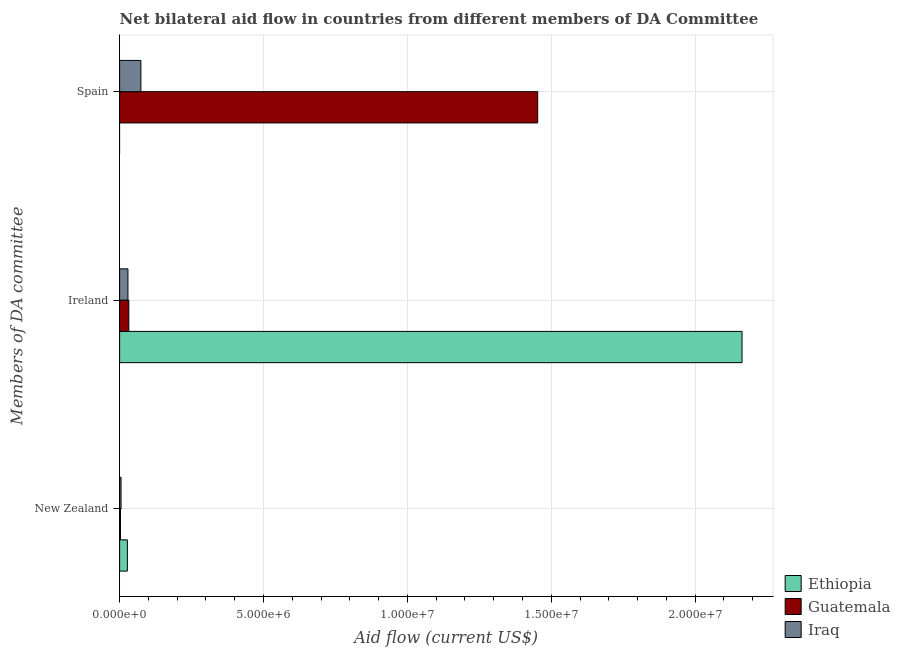
| Members of DA committee | Ethiopia | Guatemala | Iraq |
 | --- | --- | --- | --- |
 | New Zealand | 2.7e+05 | 3e+04 | 5e+04 |
 | Ireland | 2.16e+07 | 3.2e+05 | 2.9e+05 |
 | Spain | -3.5e+05 | 1.45e+07 | 7.4e+05 |